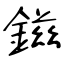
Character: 鎡